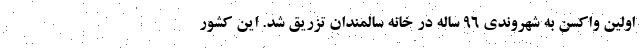
اولین واکسن به شهروندی ۹۶ ساله در خانه سالمندان تزریق شد. این کشور